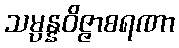
သမ္ပန္နဝိဇ္ဇာစရဏာ